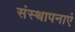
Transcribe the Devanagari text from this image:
संस्थापनाएं